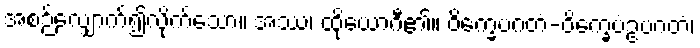
အစဉ်လျှောက်၍လိုက်သော။ အဿ၊ ထိုယောဂီ၏။ ဝိက္ခေပဂတံ-ဝိက္ခေပံဥပဂတံ၊